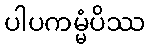
ပါပကမ္မံပိဿ